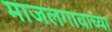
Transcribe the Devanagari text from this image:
माजलगावाच्या